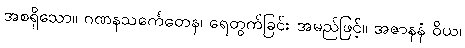
အစရှိသော။ ဂဏနသင်္ကေတေန၊ ရေတွက်ခြင်း အမည်ဖြင့်။ အဇာနနံ ဝိယ၊